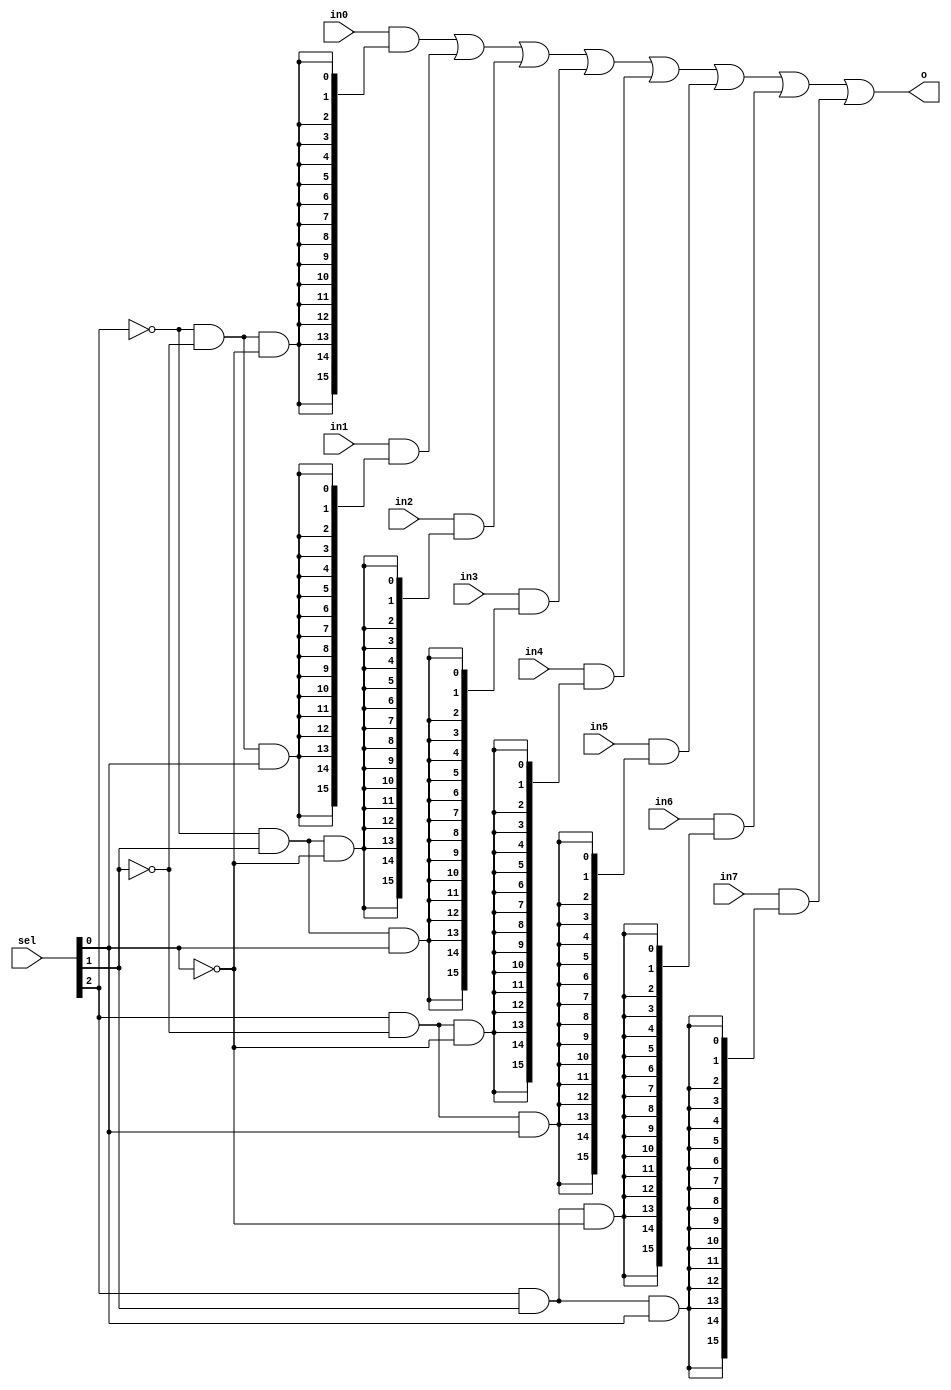
`timescale 1ns / 1ps
//////////////////////////////////////////////////////////////////////////////////
// Company: 
// Engineer: 
// 
// Design Name: 
// Module Name: m8x16
// Project Name: 
// Target Devices: 
// Tool Versions: 
// Description: 
// 
// Dependencies: 
// 
// Revision:
// Revision 0.01 - File Created
// Additional Comments:
// 
//////////////////////////////////////////////////////////////////////////////////


module m8x16(
input [15:0]in0,in1,in2,in3,in4,in5,in6,in7,
input [2:0] sel,
output [15:0]o
    );
assign o=(in0 & {16{(~sel[2] & ~sel[1] & ~sel[0])}}) | (in1 & {16{(~sel[2] & ~sel[1] & sel[0])}}) | (in2 & {16{(~sel[2] & sel[1] & ~sel[0])}}) | (in3 & {16{(~sel[2] & sel[1] & sel[0])}})|
(in4 & {16{(sel[2] & ~sel[1] & ~sel[0])}}) | (in5 & {16{(sel[2] & ~sel[1] & sel[0])}}) | (in6 & {16{(sel[2] & sel[1] & ~sel[0])}}) | (in7 & {16{(sel[2] & sel[1] & sel[0])}});

endmodule